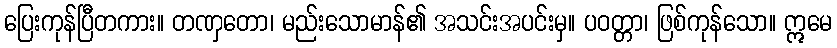
ပြေးကုန်ပြီတကား။ တဏှတော၊ မည်းသောမာန်၏ အသင်းအပင်းမှ။ ပဝတ္တာ၊ ဖြစ်ကုန်သော။ ဣမေ